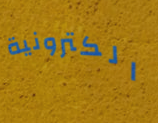
الكترونية